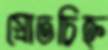
স্রোতচিহ্ন